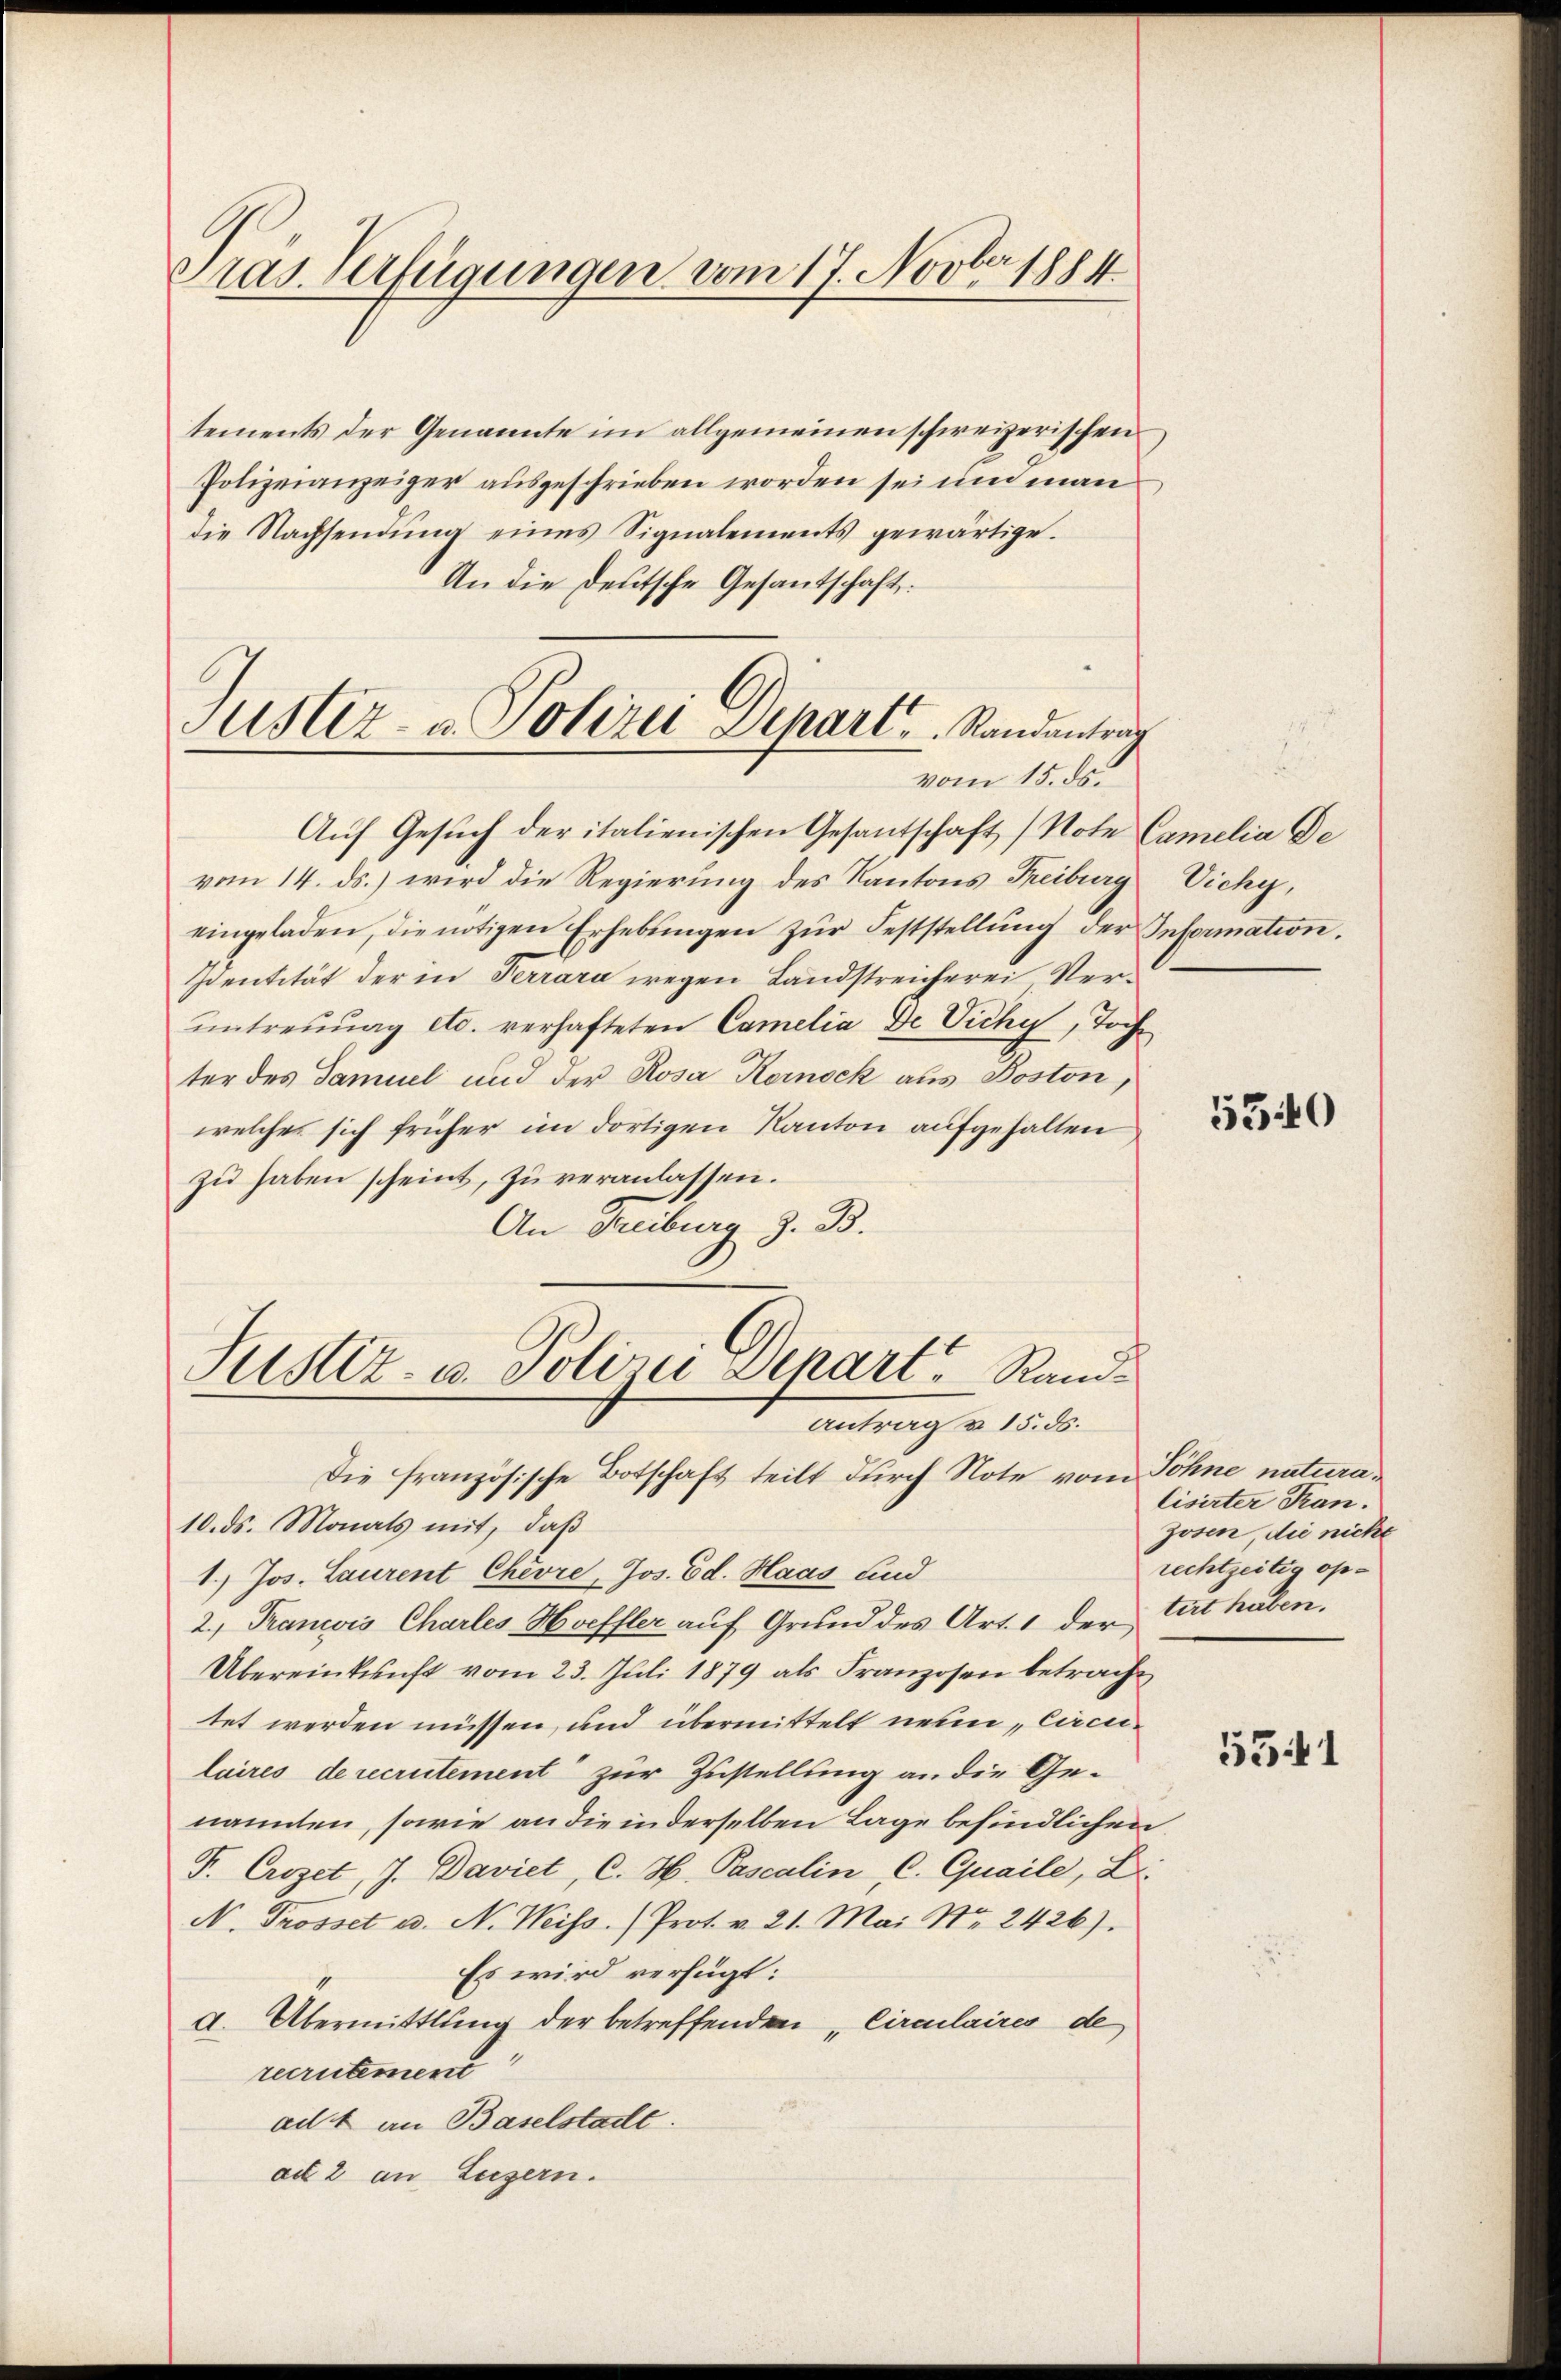
Pras Verfügungen vom 17. Novber 1884.

tements der Genannte im allgemeinen schweizerischen
Polizeianzeiger ausgeschrieben worden sei und man
die Nachsendŭng eines Signalements gewärtige.
An die deutsche Gesantschaft.
Justiz- u. Polizei Dehart, Randentrag

vom 15. ds.

Auf Gesuch der italienischen Gesantschaft (Note Camelia De
vom 14. ds.) wird die Regierung des Kantons Freiburg
eingeladen, die nötigen Erhebŭngen zŭr Feststellŭng der Information.
sentität der in Terrara wegen Landstreicherei Verŭntreuung etc. verhafteten Camelia De Vichy, Töch
ter des Samuel und der Rosa Kernock aus Boston,
welches sich früher im dortigen Kanton aufgehalten
zŭ haben scheint, zu veranlassen.
An Freiburg z. B.

Justiz- u. Polizei Depart, Rand¬
Antrag v. 15. ds.
Die französische Botschaft teilt durch Note vom Söhne natura¬

Vichy,

10. ds. Monats mit, daß
1.) Jos. Laurent Chevre, Jos. Ed. Haas und
2. Trancois Charles Hoeffler auf Grund des Art. 1 der tert haben.
Übereinkunft vom 23. Juli 1879 als Franzosen betracht
tet werden müssen, und übermittelt neuen Circcilaires de recrutement zur Zustellung an die Genannten, sowie an die in derselben Lage befindlichen
F. Crezet, J. Daviet, C. H. Pascalin, C. Quaile, Z
N. Trosset u. N. Weiss. (Prot. v. 21. Mai Nr. 2426).
Es wird verfügt:
d. Übermittlung der betreffenden „Circulaires de
recrutement
adt an Baselstadt.
ad 2 an Luzern.

5540

Cisirter Tran.
zosen, die nicht
rechtzeitig op¬

5541